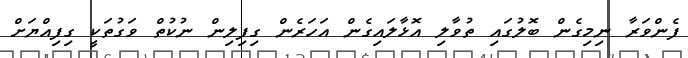
ފެންވަރާ ނިމިގެން ބޮލުގައި ތުވާލި އޮޅާލައިގެން އަހަރެން ގިފިލިން ނުކުތް ވަގުތަކީ ގިފިއްޔަށް